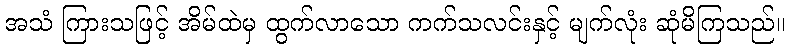
အသံ ကြားသဖြင့် အိမ်ထဲမှ ထွက်လာသော ကက်သလင်းနှင့် မျက်လုံး ဆုံမိကြသည်။